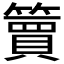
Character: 𫂥